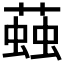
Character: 𧏊